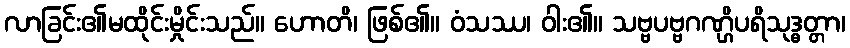
လာခြင်း၏မထိုင်းမှိုင်းသည်။ ဟောတိ၊ ဖြစ်၏။ ဝံသဿ၊ ဝါး၏။ သဗ္ဗပဗ္ဗဂဏ္ဌိပရိသုဒ္ဓတ္တာ၊